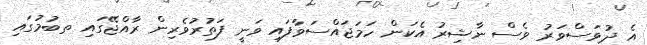
އެ ދުވަސްވަރު ވެސް ނާޝިރު އެކަން ހަމަޖައްސަވާފައި ވަނީ ފަތުރުވެރިން ރާއްޖޭގައި ތބުމުގައި